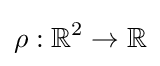
\rho :\mathbb {R} ^{2}\to \mathbb {R}